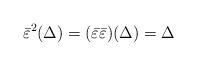
LaTeX: \begin{align*}\bar\varepsilon^2(\Delta) = (\bar\varepsilon\bar\varepsilon)(\Delta) = \Delta\end{align*}